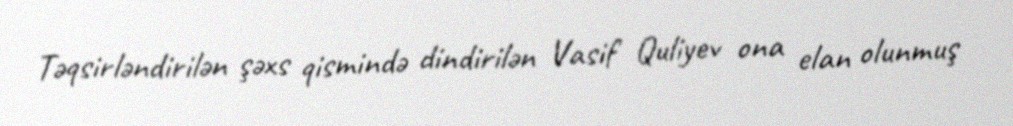
Təqsirləndirilən şəxs qismində dindirilən Vasif Quliyev ona elan olunmuş